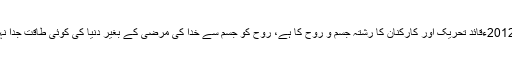
20دسمبر، 2012ءقائد تحریک اور کارکنان کا رشتہ جسم و روح کا ہے، روح کو جسم سے خدا کی مرضی کے بغیر دنیا کی کوئی طاقت جدا نہیں کرسکتی۔